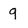
Character: 9